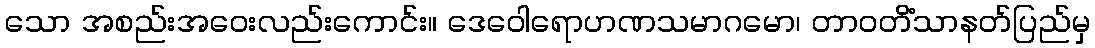
သော အစည်းအဝေးလည်းကောင်း။ ဒေဝေါရောဟဏသမာဂမော၊ တာဝတိံသာနတ်ပြည်မှ